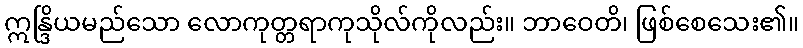
ဣန္ဒြိယမည်သော လောကုတ္တရာကုသိုလ်ကိုလည်း။ ဘာဝေတိ၊ ဖြစ်စေသေး၏။